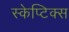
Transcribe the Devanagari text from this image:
स्केप्टिक्स